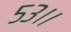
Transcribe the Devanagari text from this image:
५३।।